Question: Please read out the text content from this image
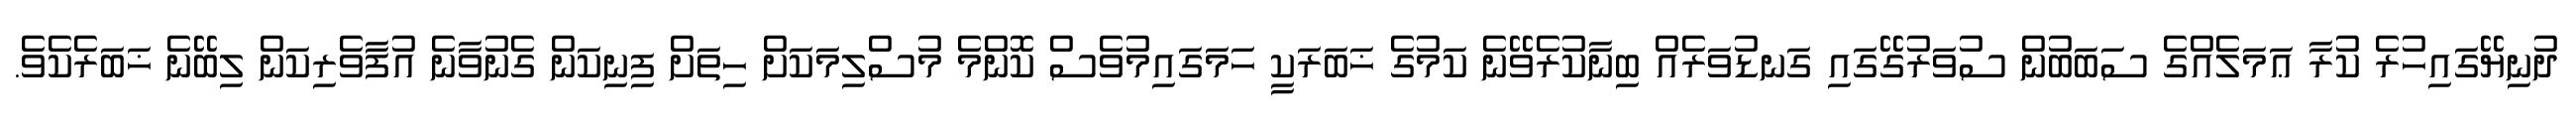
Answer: ދުނިޔޭގައިހުރެ ކުރާ ޢަމަލެއްގެ ސަބަބުން ސުވަރުގޭގައި ގަނޑުވަރެއް ބިނާކުރެވޭނެ ކަމުގެ ޚަބަރަކީ ހަމަގައިމުވެސް ކޮންމެ މުސްލިމަކަށް ހިތަށް ފިނިކަން ގެނުވާނެ އުފާވެރިކަން ލިބޭނެ ޚަބަރެކެވެ.